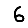
Digit: 6